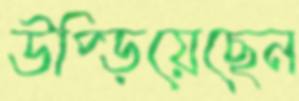
উপ্‌ড়িয়েছেন